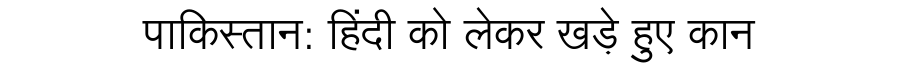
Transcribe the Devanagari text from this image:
पाकिस्तान: हिंदी को लेकर खड़े हुए कान